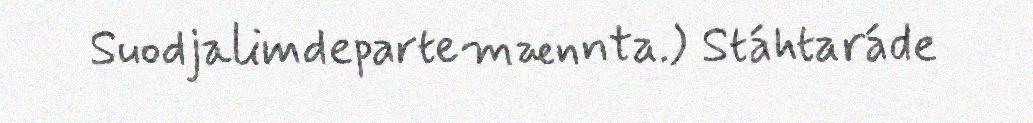
Suodjalimdepartemænnta.) Stáhtaráde